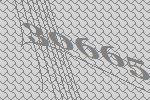
30665